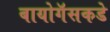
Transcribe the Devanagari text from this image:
बायोगॅसकडे